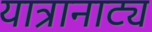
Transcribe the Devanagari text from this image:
यात्रानाट्य